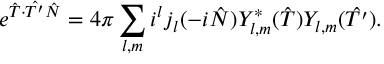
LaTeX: e ^ { \hat { T } \cdot \hat { T ^ { \prime } } \hat { N } } = 4 \pi \sum _ { l , m } i ^ { l } j _ { l } ( - i \hat { N } ) Y _ { l , m } ^ { \ast } ( \hat { T } ) Y _ { l , m } ( \hat { T ^ { \prime } } ) .